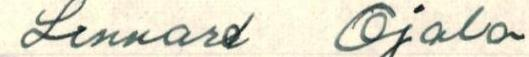
Lennard Ojala